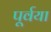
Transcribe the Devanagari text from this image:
पूर्वया